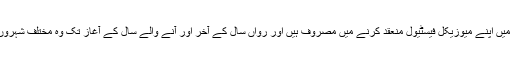
61 سالہ میڈونا گزشتہ ایک سال سے امریکا میں اپنے میوزیکل فیسٹیول منعقد کرنے میں مصروف ہیں اور رواں سال کے آخر اور آنے والے سال کے آغاز تک وہ مختلف شہروں میں میوزیکل شوز منعقد کرتی دکھائی دیں۔